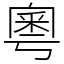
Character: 粵